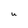
Character: U